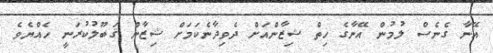
އޭނާ ގެނެސް ލުމުން އޭނާގެ ހިތް ޝިޒާންއަށް ދެވިދާނެކަމަށް ޝިޒާން ޤަބޫލުކުރަނީ ހެއްޔެވެ